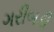
ગરીબડી